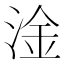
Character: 淦